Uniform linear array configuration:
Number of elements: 24
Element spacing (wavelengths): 1
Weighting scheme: hamming
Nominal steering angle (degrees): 30
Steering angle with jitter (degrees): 29.35
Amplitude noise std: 0.05
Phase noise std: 0.05

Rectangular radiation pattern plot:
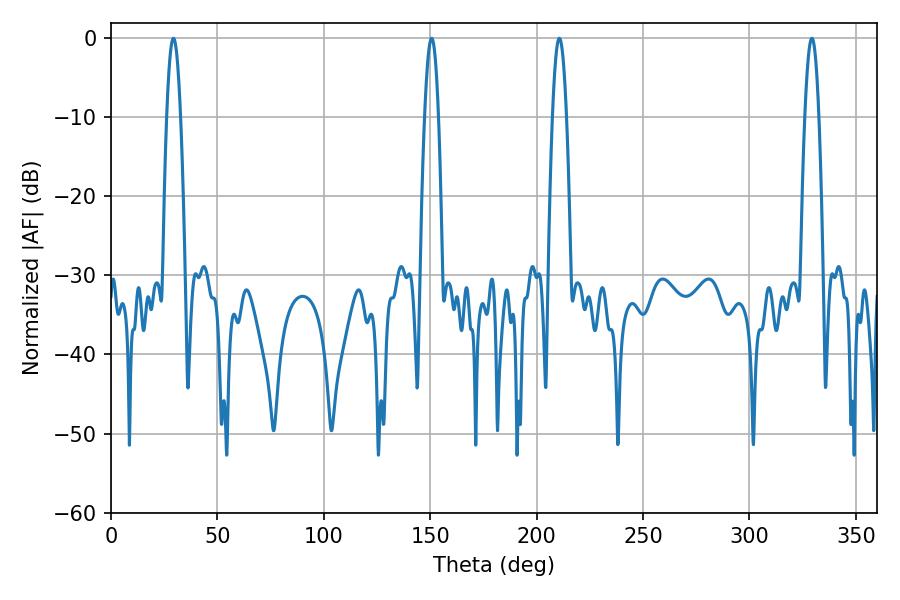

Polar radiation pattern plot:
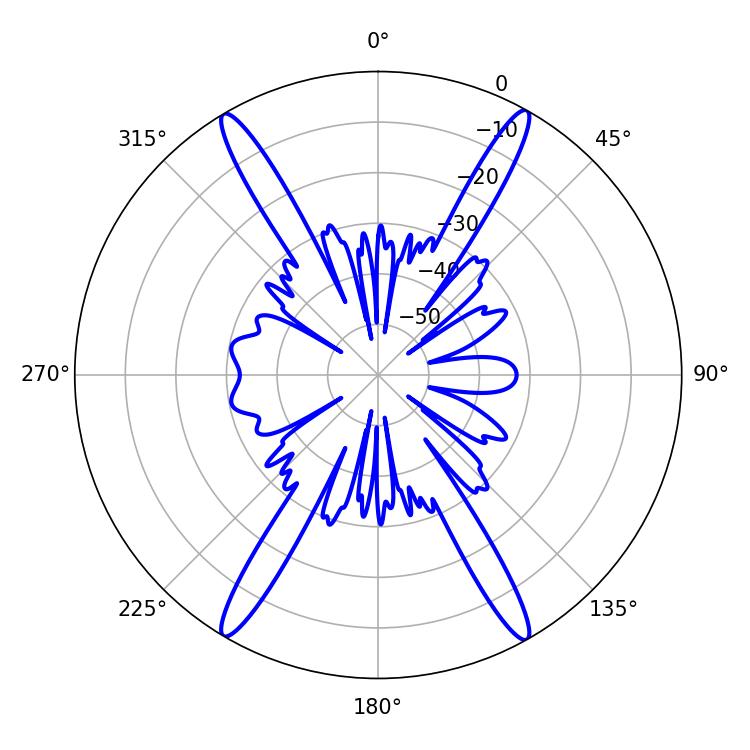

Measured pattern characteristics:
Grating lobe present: TRUE
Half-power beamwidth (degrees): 3.6
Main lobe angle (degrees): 29.34